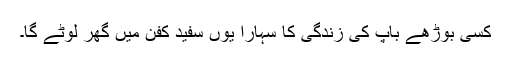
کسی بوڑھے باپ کی زندگی کا سہارا یوں سفید کفن میں گھر لوٹے گا۔